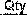
QTY